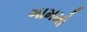
ગામમો